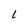
Character: 1